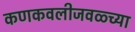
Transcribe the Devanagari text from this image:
कणकवलीजवळ्च्या